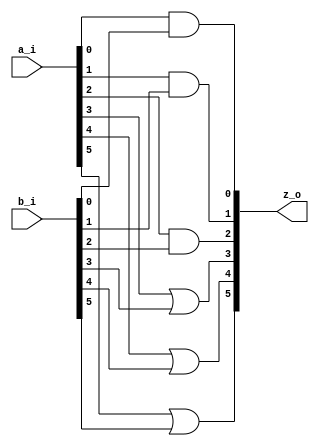
module top #(
	parameter WIDTH = 6
) (
	input [WIDTH-1:0] a_i,
	input [WIDTH-1:0] b_i,
	output [WIDTH-1:0] z_o
);
	genvar g;
	generate
		for (g = 0; g < WIDTH; g = g + 1) begin
			if (g > 2) begin
				wire tmp;
				assign tmp = a_i[g] || b_i[g];
				assign z_o[g] = tmp;
			end
			else begin
				assign z_o[g] = a_i[g] && b_i[g];
			end
		end
	endgenerate
endmodule